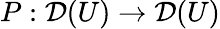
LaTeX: P:{\mathcal{D}}(U)\to{\mathcal{D}}(U)